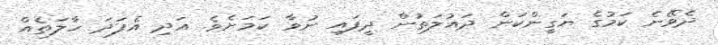
ދެވޭނެ ކަމުގެ ޔަގީންކަން ދައުލަތުން ދީފައި ނުވާ ކަމަށެވެ. އަދި އެފަދަ ހާލަތެއް